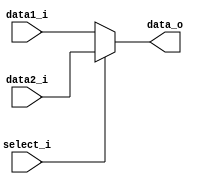
module MUX8 
(
   data1_i,
   data2_i,
   select_i,
   data_o
);

input	[7:0]		data1_i;
input	[7:0]		data2_i;
input				select_i;
output 	[7:0]		data_o;

reg 	[7:0]		data_o;

always@(*) begin
    if(select_i) begin
        data_o = data2_i;
    end
    else begin
		data_o = data1_i; 
    end
end

endmodule